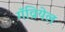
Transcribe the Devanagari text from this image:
गॅव्रियेल